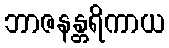
ဘာဇနန္တရိကာယ